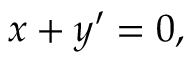
x + y \prime = 0 ,